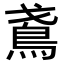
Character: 𬷁